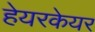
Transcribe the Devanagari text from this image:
हेयरकेयर